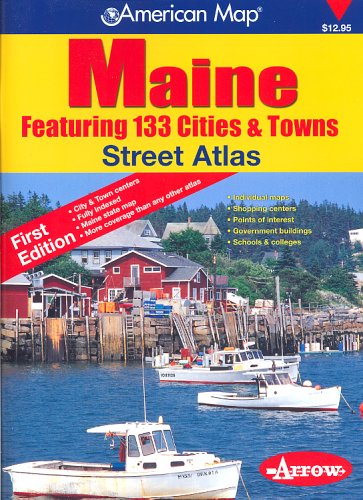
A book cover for Maine Cities & Towns Atlas; Arrow Map; Travel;